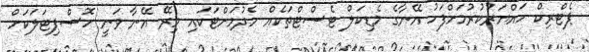
ޕެޓްރިކް ހައްޔަރުކުރުމަށްފަހު އޭނާގެ މެޑިކަލް ޓެސްޓްތަކެއް ހެދުމަށްޓަކައި މިރޭ އޭނާ ވަނީ ހޮސްޕިޓަލަކަށް